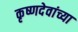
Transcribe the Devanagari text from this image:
कृष्णदेवांच्या